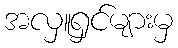
အလှူရှင်များမှ